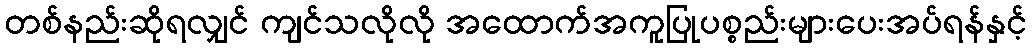
တစ်နည်းဆိုရလျှင် ကျင်သလိုလို အထောက်အကူပြုပစ္စည်းများပေးအပ်ရန်နှင့်